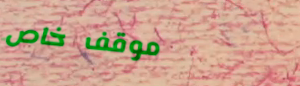
موقف خاص